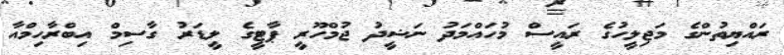
ރައްޔިތުންގެ މަޖިލީހުގެ ރައީސް މުހައްމަދު ނަޝީދު ޖުމްހޫރީ ޕާޓީގެ ލީޑަރު ގާސިމް އިބްރާހިމްއާ